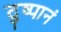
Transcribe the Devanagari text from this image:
दुष्पानं